Indian journal of veterinary science and animal husbandry - Volumes 15-17, 1948-1951
Year: 1948
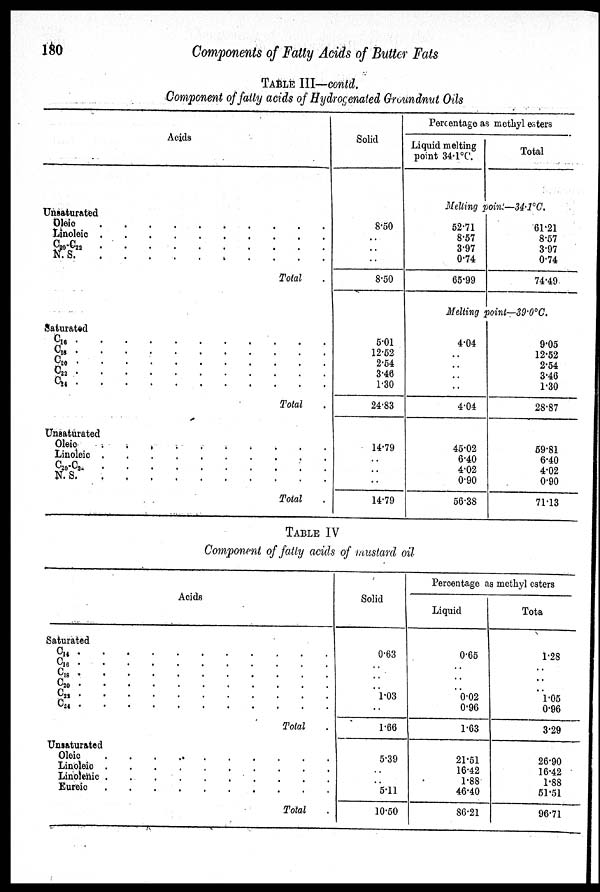
180
Components of Fatty Acids of Butter Fats
TABLE III—contd.
Component of fatty acids of Hydrogenated Groundnut Oils
Acids
Unsaturated
Oleic . . . . . . . . . .
Linoleic . . . . . . . . . .
C 20 -C 22 . . . . . . . . . .
N. S. . . . . . . . . . . .
Total .
Saturated
C 16 . . . . . . . . . .
C 16 .
.
.
.
.
.
.
.
.
.
.
C 26 .
.
.
.
.
.
.
.
.
.
.
C 22 .
.
.
.
.
.
.
.
.
.
.
C 24 . . . . . . . . . .
Total .
Unsaturated
Oleic . . . . . . . . . .
Linoleic . . . . . . . . . .
C 20 -C 2
.
.
.
.
.
.
.
.
.
.
N. S. . . . . . . . . . .
Total .
Solid
8.50
..
..
..
8.50
5.01
12.52
2.54
3.46
1.30
24.83
14.79
..
..
..
14.79
Percentage as methyl esters
Liquid melting
point 34.1ºC.
Total
Melting point—34.1ºC.
52.71
8.57
3.97
0.74
65.99
61.21
8.57
3.97
0.74
74.49
Melting point—39.0ºC.
4.04
..
..
..
4.04
45.02
6.40
4.02
0.90
56.38
9.05
12.52
2.54
3.46
1.30
28.87
59.81
6.40
4.02
0.90
71.13
TABLE IV
Component of fatty acids of mustard oil
Acids
Saturated
C 14 . . . . . . . . . . . .
C 16 . . . . . . . . . . . .
C 18 . . . . . . . . . . . .
C20 . . . . . . . . . . . .
C 22 .
.
.
.
.
.
.
.
.
.
.
C 24 . . . . . . . . . . . .
Total .
Unsaturated
Oleic . . . . . . . . . . . .
Linoleic . . . . . . . . . . . .
Linolenic . . . . . . . . . . . .
Eureic . . . . . . . . . . . .
Total .
Solid
0.63
..
..
..
1.03
..
1.66
5.39
..
..
5.11
10.50
Percentage as methyl esters
Liquid
0.65
..
..
..
0.02
0.96
1.63
21.51
16.42
1.88
46.40
86.21
Tota
1.28
..
..
..
1.05
0.96
3.29
26.90
16.42
1.88
51.51
96.71